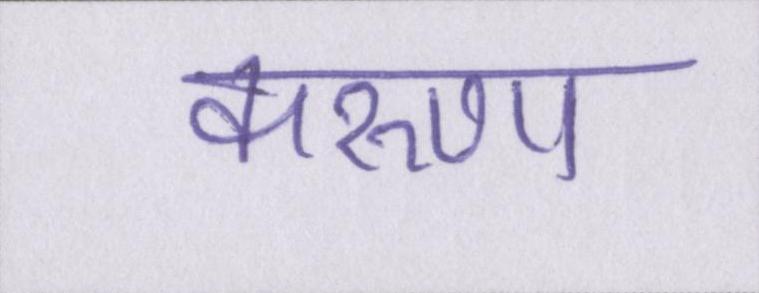
करुणा